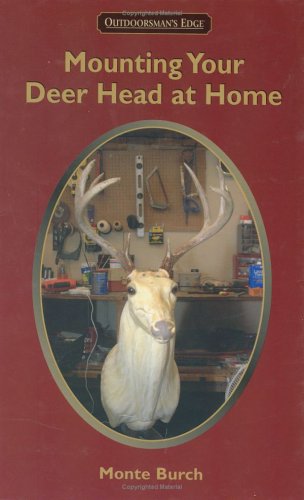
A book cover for Mounting Your Deer Head at Home; Monte Burch; Sports & Outdoors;